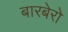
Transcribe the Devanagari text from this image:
बारबेरो